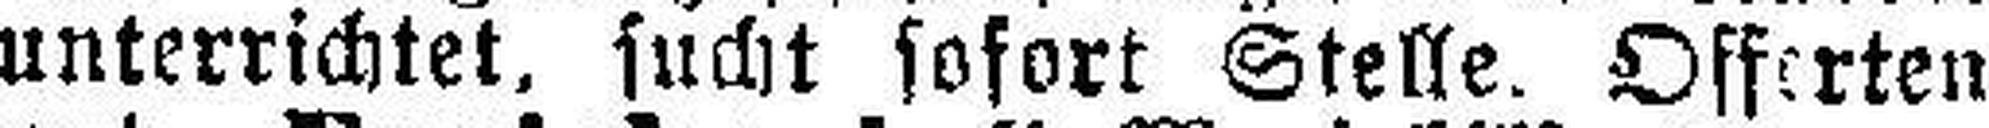
unterrichtet, sucht sofort Stelle. Offerten